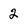
Character: 2